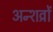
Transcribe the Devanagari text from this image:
अन्शव्रों